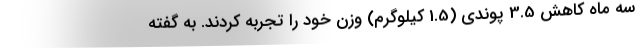
سه ماه کاهش 3.5 پوندی (1.5 کیلوگرم) وزن خود را تجربه کردند. به گفته